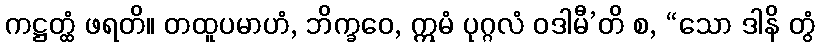
ကဋ္ဌတ္ထံ ဖရတိ။ တထူပမာဟံ, ဘိက္ခဝေ, ဣမံ ပုဂ္ဂလံ ဝဒါမီ’တိ စ, “သော ဒါနိ တွံ